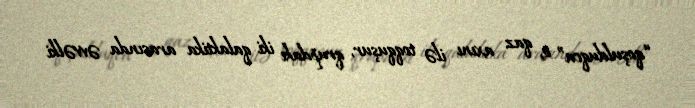
“qoşulduqca” o, qaz axını ilə toqquşur, qrupdakı iki qalaktika arasında əvvəlki